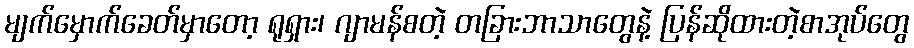
မျက်မှောက်ခေတ်မှာတော့ ရုရှား၊ ဂျာမန်စတဲ့ တခြားဘာသာတွေနဲ့ ပြန်ဆိုထားတဲ့စာအုပ်တွေ